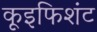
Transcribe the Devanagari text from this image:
कूइफिशंट